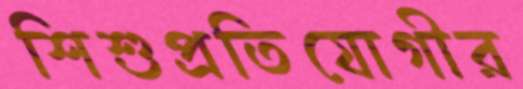
শিশুপ্রতিযোগীর